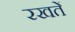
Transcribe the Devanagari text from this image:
रखतेें